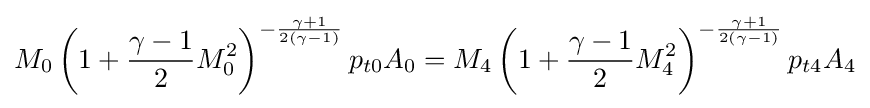
M_{0}\left(1+{\frac {\gamma -1}{2}}M_{0}^{2}\right)^{-{\frac {\gamma +1}{2(\gamma -1)}}}p_{t0}A_{0}=M_{4}\left(1+{\frac {\gamma -1}{2}}M_{4}^{2}\right)^{-{\frac {\gamma +1}{2(\gamma -1)}}}p_{t4}A_{4}